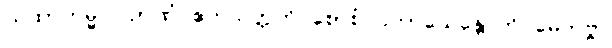
ယထာကမ္မုပဂဉာဏံ ဧကသတ္တတိ စောစံ ပကာသေန္တောတိ မေတဗ္ဗာ